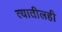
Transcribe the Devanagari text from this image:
त्यातीलही